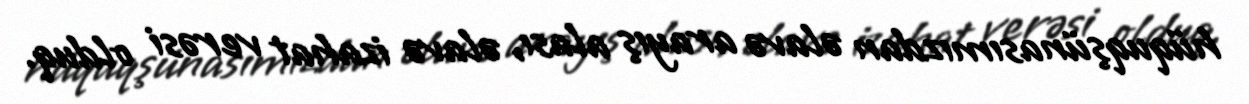
hüquqşünasımızdan əlavə arayış alası, əlavə izahat verəsi olduq.